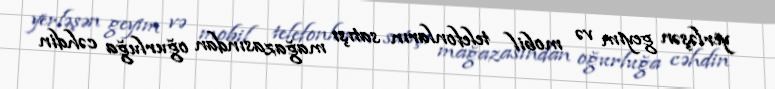
yerləşən geyim və mobil telefonların satışı mağazasından oğurluğa cəhdin